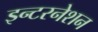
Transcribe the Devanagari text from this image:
इन्टरनेशन